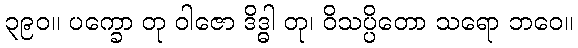
၃၉၀။ ပက္ခော တု ဝါဇော ဒိဒ္ဓါ တု၊ ဝိသပ္ပိတော သရော ဘဝေ။